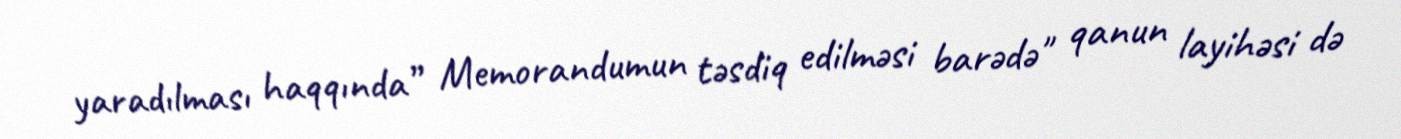
yaradılması haqqında” Memorandumun təsdiq edilməsi barədə" qanun layihəsi də